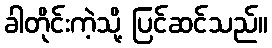
ခါတိုင်းကဲ့သို့ ပြင်ဆင်သည်။